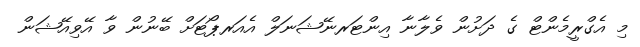
މި އެގްރީމެންޓް ގެ ދަށުން ވެލާނާ އިންޓަރނޭޝަނަލް އެއަރޕޯޓަށް ބޭނުން ވާ އޭވިއޭޝަން